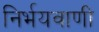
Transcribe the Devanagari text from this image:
निर्भयवाणी